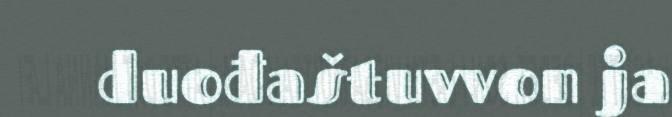
duođaštuvvon ja